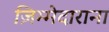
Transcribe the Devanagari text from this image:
ज़िम्मेदाराना